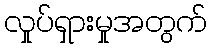
လှုပ်ရှားမှုအတွက်